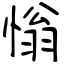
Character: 慃